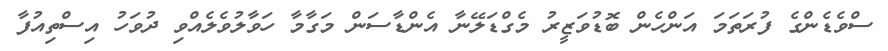
ސްވެޑެންގެ ފުރަތަމަ އަންހެން ބޮޑުވަޒީރު މެގްޑަލޭނާ އެންޑާސަން މަގާމާ ހަވާލުވެލެއްވި ދުވަހު އިސްތިއުފާ